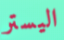
اليستر